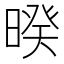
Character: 暌